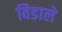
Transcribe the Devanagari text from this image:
विडाले